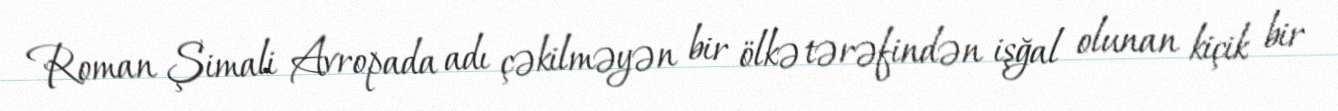
Roman Şimali Avropada adı çəkilməyən bir ölkə tərəfindən işğal olunan kiçik bir